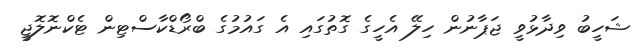
ޝަހީބު ވިދާޅުވީ ޖަޕާނުން ހިލޭ އެހީގެ ގޮތުގައި އެ ގައުމުގެ ބްރޯޑްކާސްޓިން ޓެކްނޮލޮޖީ